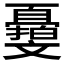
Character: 𣁨